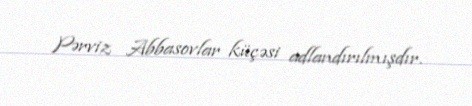
Pərviz Abbasovlar küçəsi adlandırılmışdır.